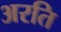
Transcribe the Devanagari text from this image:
अरति